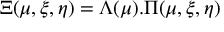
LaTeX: \Xi ( \mu , \xi , \eta ) = \Lambda ( \mu ) . \Pi ( \mu , \xi , \eta )